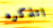
اتذكره